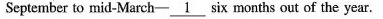
September to mid-March-\underline{1} six months out of the year.